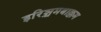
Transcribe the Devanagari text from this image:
इरिञ्चमबाक्कम